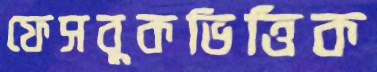
ফেসবুকভিত্তিক